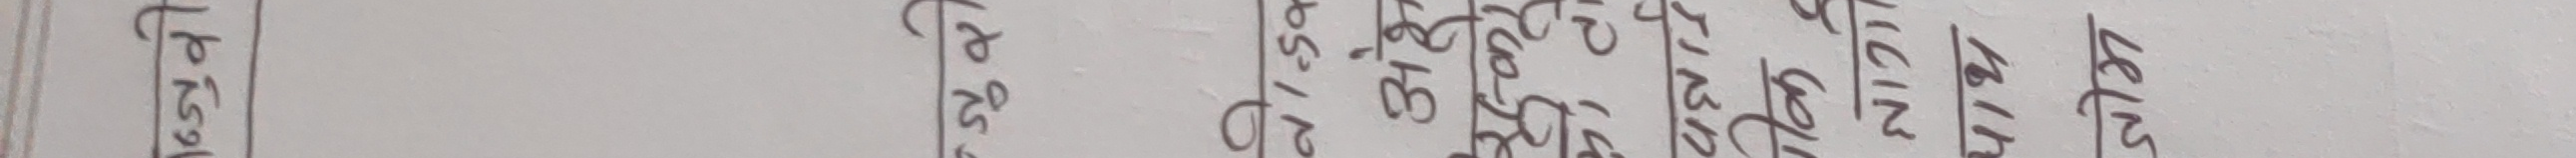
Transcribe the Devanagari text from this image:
पुरुष ट्रक छोरा बच्चा नाति शिक्षक बेरुन १४ लेजर